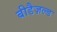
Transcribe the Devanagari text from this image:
बीडैज़ल्ड